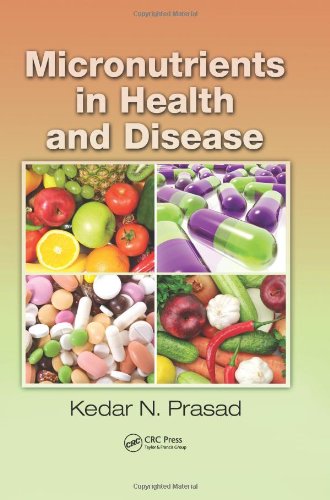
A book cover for Micronutrients in Health and Disease; Kedar N. Prasad; Health, Fitness & Dieting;